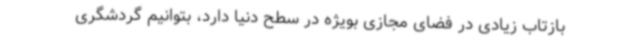
بازتاب زیادی در فضای مجازی بویژه در سطح دنیا دارد، بتوانیم گردشگری